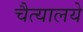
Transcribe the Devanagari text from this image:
चैत्यालये